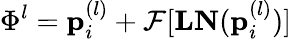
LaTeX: \Phi^{l}=\mathbf{p}_{i}^{(l)}+\mathcal{F}[\mathbf{LN}(\mathbf{p}_{i}^{(l)})]